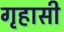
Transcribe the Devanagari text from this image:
गृहासी